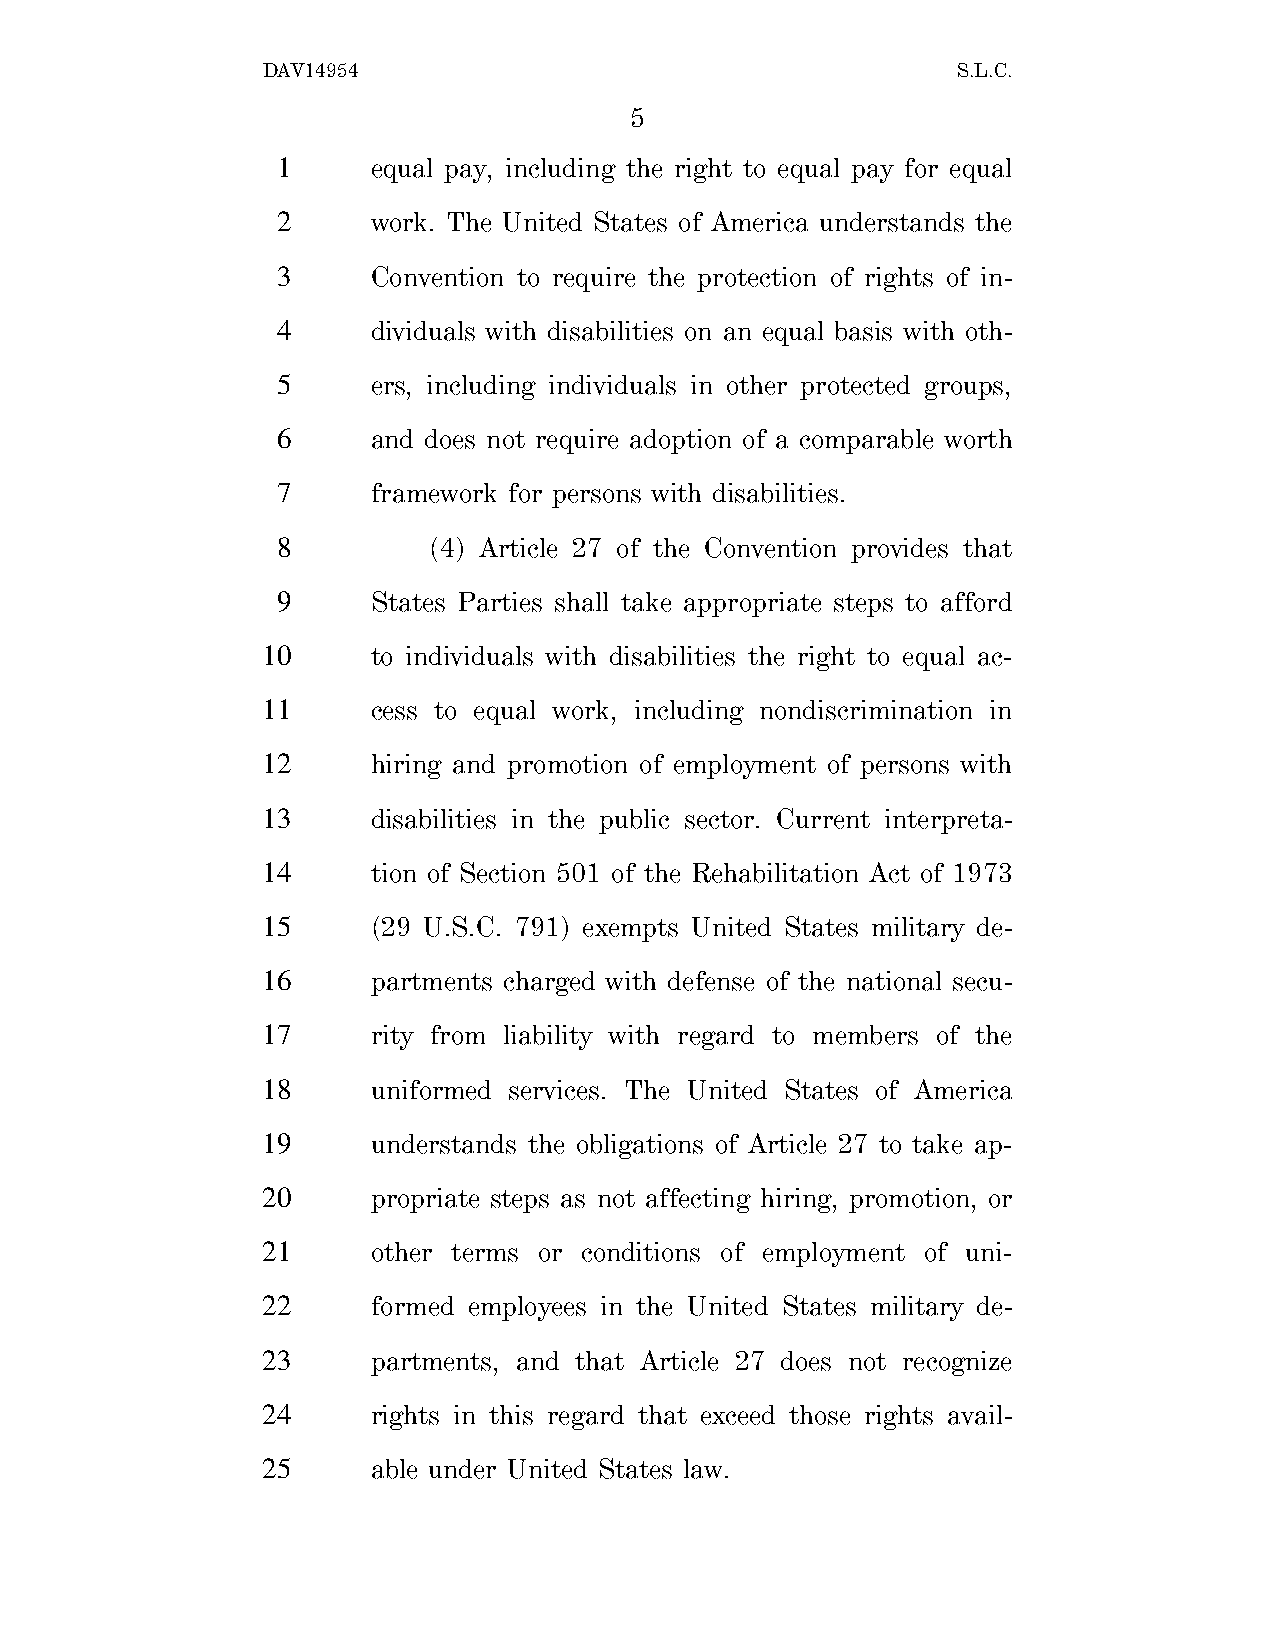
DAV14954                                      S.L.C.
 5
 1      equal pay, including the right to equal pay for equal
 2      work. The United States of America understands the
 3      Convention to require the protection of rights of in-
 4      dividuals with disabilities on an equal basis with oth-
 5      ers, including individuals in other protected groups,
 6      and does not require adoption of a comparable worth
 7      framework for persons with disabilities.
 8         (4) Article 27 of the Convention provides that
 9      States Parties shall take appropriate steps to afford
 10      to individuals with disabilities the right to equal ac-
 11      cess to equal work, including nondiscrimination in
 12      hiring and promotion of employment of persons with
 13      disabilities in the public sector. Current interpreta-
 14      tion of Section 501 of the Rehabilitation Act of 1973
 15      (29 U.S.C. 791) exempts United States military de-
 16      partments charged with defense of the national secu-
 17      rity from liability with regard to members of the
 18      uniformed services. The United States of America
 19      understands the obligations of Article 27 to take ap-
 20      propriate steps as not affecting hiring, promotion, or
 21      other terms or conditions of employment of uni-
 22      formed employees in the United States military de-
 23      partments, and that Article 27 does not recognize
 24      rights in this regard that exceed those rights avail-
 25      able under United States law.